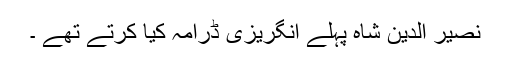
نصیر الدین شاہ پہلے انگریزی ڈرامہ کیا کرتے تھے ۔